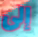
إلى